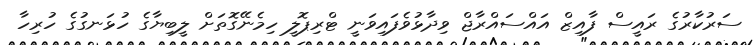
ސަރުކާރުގެ ރައީސް ފާއިޒް އައްސައްރާޖް ވިދާޅުވެފައިވަނީ ޓްރިޕޮލީ ހިމެނޭގޮތަށް ލީބިޔާގެ ހުޅަނގުގެ ހުރިހާ